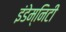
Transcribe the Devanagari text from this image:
इंडेम्निटी